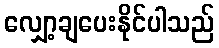
လျှော့ချပေးနိုင်ပါသည်